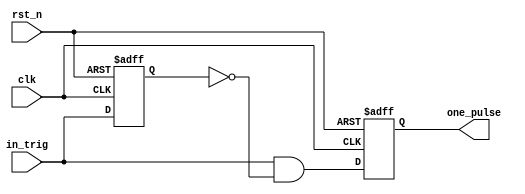
`timescale 1ns / 1ps
//////////////////////////////////////////////////////////////////////////////////
// Company: 
// Engineer: 
// 
// Design Name: 
// Module Name: one_pulse
// Project Name: 
// Target Devices: 
// Tool Versions: 
// Description: 
// 
// Dependencies: 
// 
// Revision:
// Revision 0.01 - File Created
// Additional Comments:
// 
//////////////////////////////////////////////////////////////////////////////////


module one_pulse(clk, rst_n, in_trig, one_pulse);
    input clk, rst_n, in_trig;
    output reg one_pulse;
    reg in_trig_delay;
    wire one_pulse_next;
    
    always@(posedge clk or negedge rst_n)
    if (~rst_n)
        in_trig_delay <= 1'b0;
    else
        in_trig_delay <= in_trig;
    
    assign one_pulse_next = in_trig & (~in_trig_delay);
    
    always@(posedge clk or negedge rst_n)
        if (~rst_n)
            one_pulse <= 1'b1;
        else
            one_pulse <= one_pulse_next;
               
endmodule